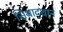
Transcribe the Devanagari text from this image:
सिथाद्थान